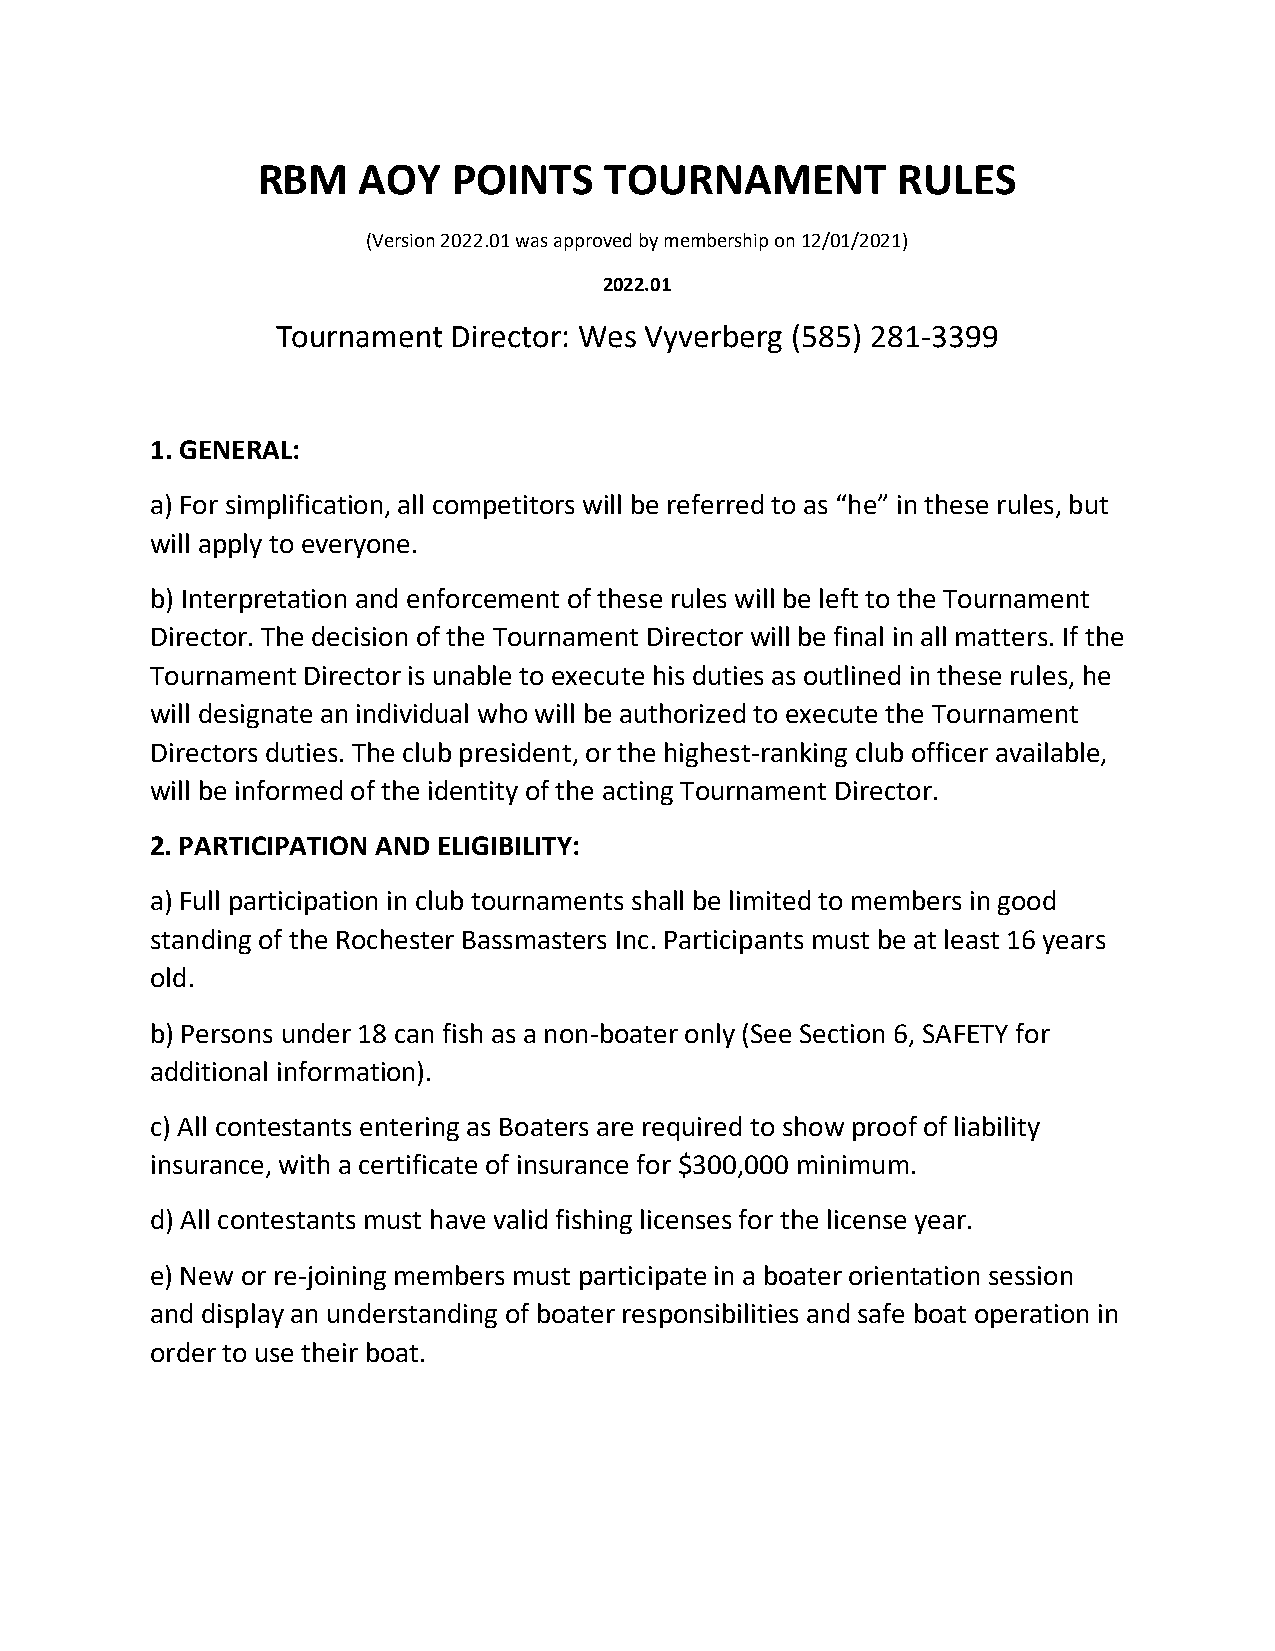
RBM    AOY   POINTS    TOURNAMENT         RULES
 (Version 2022.01 was approved by membership on 12/01/2021)
 2022.01
 Tournament  Director: Wes Vyverberg (585) 281-3399
 1. GENERAL:
 a) For simplification, all competitors will be referred to as “he” in these rules, but
 will apply to everyone.
 b) Interpretation and enforcement of these rules will be left to the Tournament
 Director. The decision of the Tournament Director will be final in all matters. If the
 Tournament Director is unable to execute his duties as outlined in these rules, he
 will designate an individual who will be authorized to execute the Tournament
 Directors duties. The club president, or the highest-ranking club officer available,
 will be informed of the identity of the acting Tournament Director.
 2. PARTICIPATION AND ELIGIBILITY:
 a) Full participation in club tournaments shall be limited to members in good
 standing of the Rochester Bassmasters Inc. Participants must be at least 16 years
 old.
 b) Persons under 18 can fish as a non-boater only (See Section 6, SAFETY for
 additional information).
 c) All contestants entering as Boaters are required to show proof of liability
 insurance, with a certificate of insurance for $300,000 minimum.
 d) All contestants must have valid fishing licenses for the license year.
 e) New or re-joining members must participate in a boater orientation session
 and display an understanding of boater responsibilities and safe boat operation in
 order to use their boat.